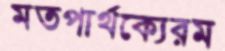
মতপার্থক্যেরম